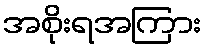
အစိုးရအကြား